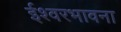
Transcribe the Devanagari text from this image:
ईश्वरभावना